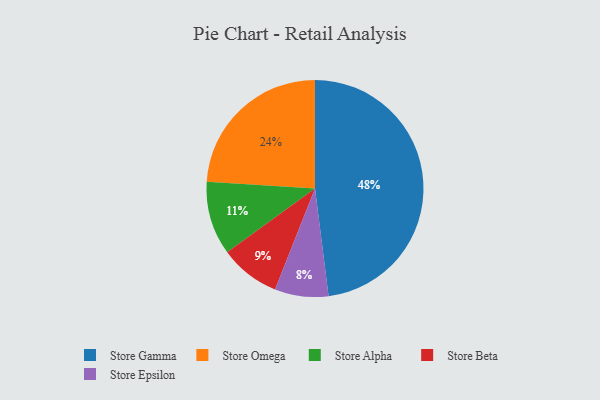
{"axis": {"x": "Category", "y": "Percentage"}, "legend": ["Store Alpha", "Store Beta", "Store Epsilon", "Store Gamma", "Store Omega"], "data": [{"x": "Store Alpha", "y": 11, "type": "Store Alpha"}, {"x": "Store Epsilon", "y": 8, "type": "Store Epsilon"}, {"x": "Store Omega", "y": 24, "type": "Store Omega"}, {"x": "Store Gamma", "y": 48, "type": "Store Gamma"}, {"x": "Store Beta", "y": 9, "type": "Store Beta"}]}